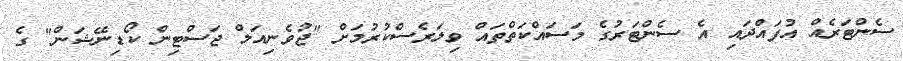
ސެންޓަރެއް އުފައްދައި އެ ސެންޓަރުގެ މަސައްކަތްތައް ވިލަރެސްކުރުމަށް "ޖުވެނިއަލް ޖަސްޓިން ކޯޑިނޭޝަން" ގެ